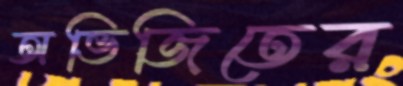
অভিজিতের